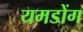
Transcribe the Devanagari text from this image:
यमडोंग